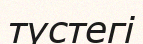
түстегі